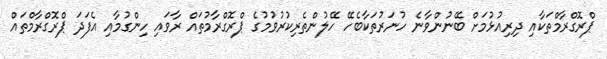
ޕްރޮގްރާމްތަކާއި ދިރިއުޅުމަށް ބޭނުންވާނެ ހުނަރުތަކާބެހޭ ހޭލުންތެރިކުރުވުމުގެ ޕްރޮގްރާމުތައް ރާވައި ހިންގުމާއި އެފަދަ ޕްރޮގްރާމްތައް